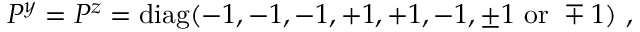
P ^ { y } = P ^ { z } = \mathrm { d i a g } ( - 1 , - 1 , - 1 , + 1 , + 1 , - 1 , \pm 1 ~ \mathrm { o r } ~ \mp 1 ) ~ , ~ \,